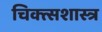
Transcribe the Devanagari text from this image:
चिक्त्सशास्त्र